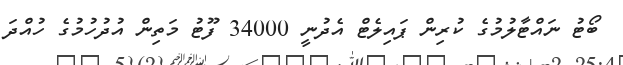
ބޯޓު ނައްޓާލުމުގެ ކުރިން ޕައިލެޓް އެދުނީ 34000 ފޫޓު މަތިން އުދުހުމުގެ ހުއްދަ